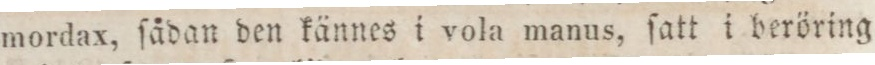
mordax, ſådan den kännes i vola manus, ſatt i beröring